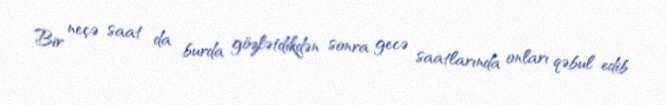
Bir neçə saat da burda gözlətdikdən sonra gecə saatlarında onları qəbul edib